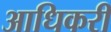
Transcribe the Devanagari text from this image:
आधिकरी